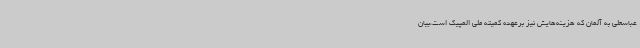
عباسعلی به آلمان که هزینه‌هایش نیز برعهده کمیته ملی المپیک است،بیان